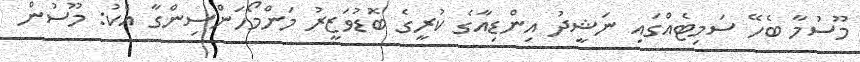
މޫސުމާ ބެހޭ ސަމިޓެއްގައި ނަޝީދު އިންޑިއާގެ ކުރީގެ ބޮޑުވަޒީރު މަންމޯހަންސިންގާ އެކު: މޫސުން